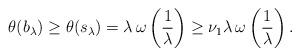
LaTeX: \begin{align*}\theta(b_{\lambda})\geq\theta(s_{\lambda})=\lambda\,\omega\left(\frac{1}{\lambda}\right)\geq\nu_{1}\lambda\,\omega\left(\frac{1}{\lambda}\right).\end{align*}